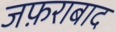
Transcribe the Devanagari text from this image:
जफ़राबाद